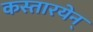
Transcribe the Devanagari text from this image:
कस्तारयेन्